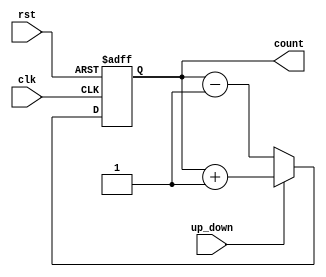
module up_down_counter (
    input wire clk,          // Clock input
    input wire rst,          // Asynchronous reset
    input wire up_down,      // Up/Down control signal
    output reg [3:0] count   // 4-bit count output
);

// Always block triggered on the rising edge of the clock or when reset is activated
always @(posedge clk or posedge rst) begin
    if (rst) begin
        count <= 4'b0000;   // Reset the counter to 0
    end else begin
        if (up_down) begin
            // Count up
            count <= count + 1;
        end else begin
            // Count down
            count <= count - 1;
        end
    end
end

endmodule